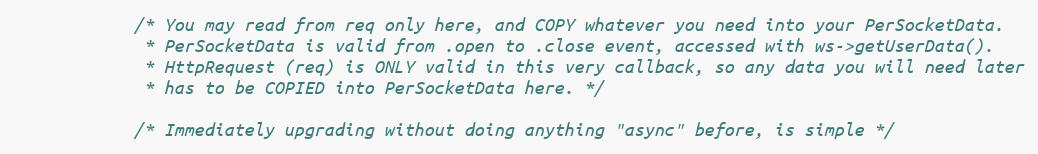
Language: C++
            /* You may read from req only here, and COPY whatever you need into your PerSocketData.
             * PerSocketData is valid from .open to .close event, accessed with ws->getUserData().
             * HttpRequest (req) is ONLY valid in this very callback, so any data you will need later
             * has to be COPIED into PerSocketData here. */

            /* Immediately upgrading without doing anything "async" before, is simple */